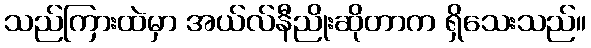
သည်ကြားထဲမှာ အယ်လ်နီညိုးဆိုတာက ရှိသေးသည်။